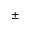
\pm